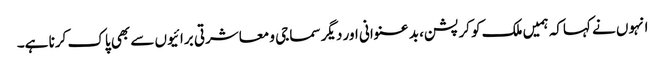
انہوں نے کہاکہ ہمیں ملک کو کرپشن، بد عنوانی اور دیگر سماجی و معاشرتی برائیوں سے بھی پاک کرنا ہے۔